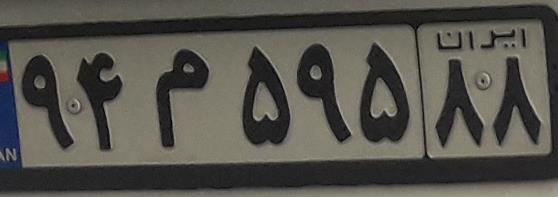
۹۴م۵۹۵۸۸